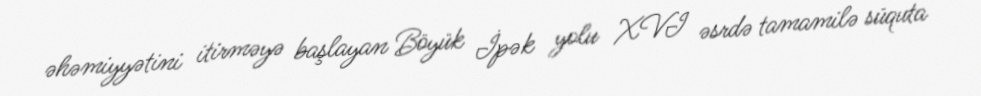
əhəmiyyətini itirməyə başlayan Böyük İpək yolu XVI əsrdə tamamilə süquta